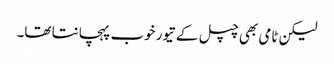
لیکن ٹامی بھی چپل کے تیور خوب پہچانتا تھا۔